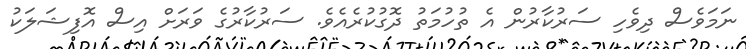
ނަމަވެސް ދިވެހި ސަރުކާރުން އެ ތުހުމަތު ދޮގުކުރެއެވެ. ސަރުކާރުގެ ވަރަށް އިސް އޮފިޝަލަކު